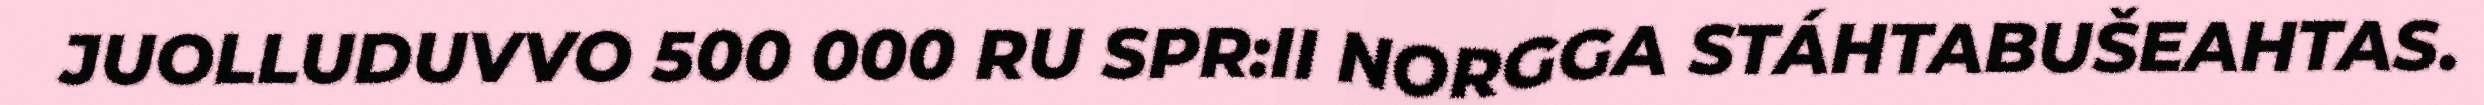
JUOLLUDUVVO 500 000 RU SPR:II NORGGA STÁHTABUŠEAHTAS.